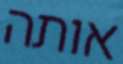
אותה